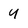
Character: Y